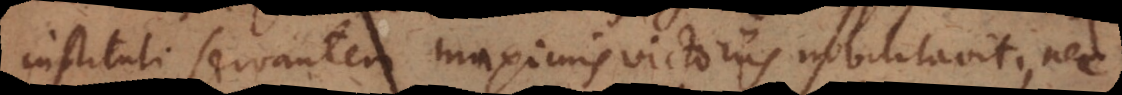
instituti servantem maximis victoriis nobilitavit; nec